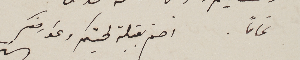
تماماً.	اختم بقبلة لحيتكم وعوارضكم